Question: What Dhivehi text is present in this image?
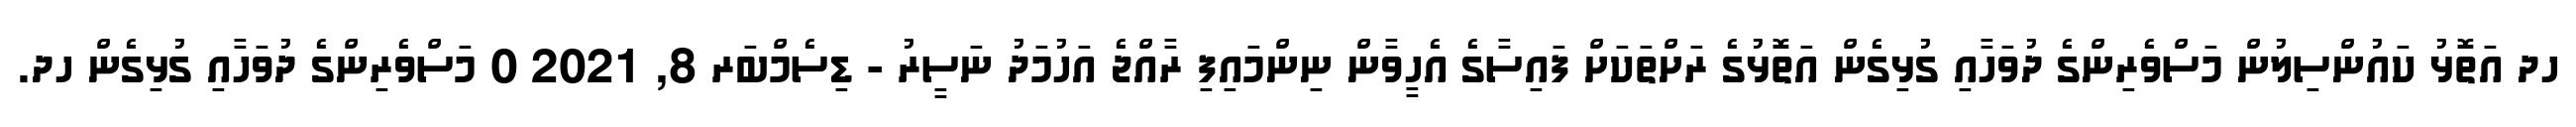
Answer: ހދ އަތޮޅު ކައުންސިލުން މަސްވެރިންގެ ދުވަހާއި ގުޅިގެން އަތޮޅުގެ ރަށްތަކަށް ފައިސާގެ އެހީވާން ނިންމައިފި ރާއްޖެ އަހުމަދު ނަސީރު - ޑިސެމްބަރ 8, 2021 0 މަސްވެރިންގެ ދުވަހާއި ގުޅިގެން ހދ.